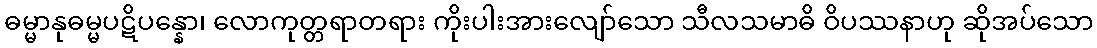
ဓမ္မာနုဓမ္မပဋိပန္နော၊ လောကုတ္တရာတရား ကိုးပါးအားလျော်သော သီလသမာဓိ ဝိပဿနာဟု ဆိုအပ်သော